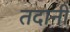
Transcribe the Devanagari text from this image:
तदानीं